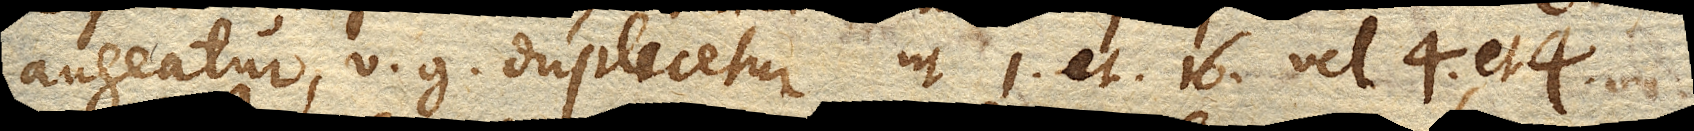
augeatur, v. g. duplicetur ut 1. et 16. vel 4. et 4.